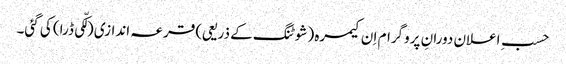
حسبِ اعلان دورانِ پروگرام اِ ن کیمرہ (شوٹنگ کے ذریعی) قرعہ اندازی (لکّی ڈرا) کی گئی۔